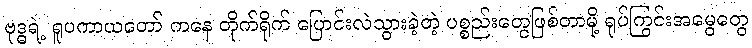
ဗုဒ္ဓရဲ့ ရူပကာယတော် ကနေ တိုက်ရိုက် ပြောင်းလဲသွားခဲ့တဲ့ ပစ္စည်းတွေဖြစ်တာမို့ ရုပ်ကြွင်းအမွေတွေ